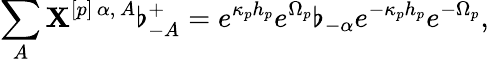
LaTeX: \sum_{A}\mathbf{X}^{[p]\, \alpha,\, A}\flat_{-A}^{+}=e^{\kappa_{p}h_{p}}e^{\Omega_{p}}\flat_{-\alpha}e^{-\kappa_{p}h_{p}}e^{-\Omega_{p}},